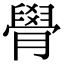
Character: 䑁